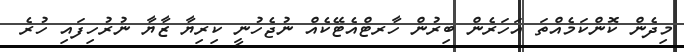
މިދެން ކޮންކަމެއްތަ އަހަރެން ބިރުން ހާރޓްއެޓޭކެއް ނުޖެހުނީ ކިރިޔާ ޒާޔާ ނުރުހިފައި ހުރެ